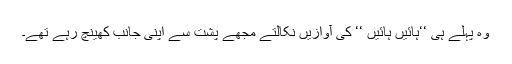
وہ پہلے ہی ‘‘ہائیں ہائیں ‘‘ کی آوازیں نکالتے مجھے پشت سے اپنی جانب کھینچ رہے تھے۔